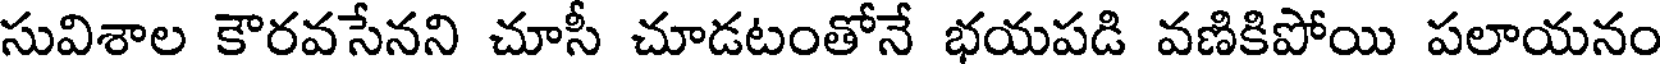
సువిశాల కౌరవసేనని చూసీ చూడటంతోనే భయపడి వణికిపోయి పలాయనం